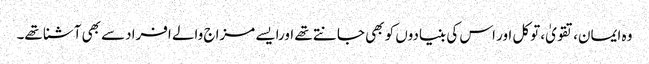
وہ ایمان،تقویٰ، توکل اور اس کی بنیادوں کو بھی جانتے تھے اورایسے مزاج والے افرادسے بھی آشنا تھے۔